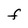
Character: F